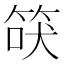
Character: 𰩾